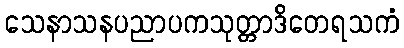
သေနာသနပညာပကသုတ္တာဒိတေရသကံ